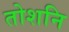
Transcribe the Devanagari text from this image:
तोशनि